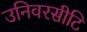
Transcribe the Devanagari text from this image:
उनिवरसीटि